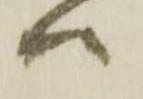
ハ